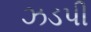
ઝડપી